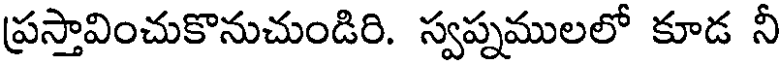
ప్రస్తావించుకొనుచుండిరి. స్వప్నములలో కూడ నీ